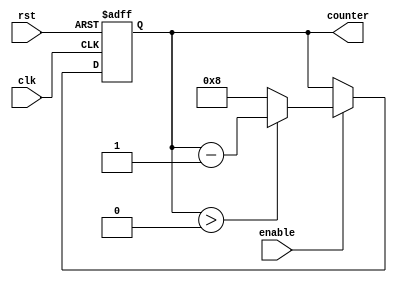
module timing_control_sync (
    input wire clk,
    input wire rst,
    input wire enable,
    output reg [7:0] counter
);

parameter N = 8; // Preset value for the counter

always @(posedge clk or posedge rst) begin
    if (rst) begin
        counter <= N; // Reset counter to initial value
    end else begin
        if (enable) begin
            if (counter > 0) begin
                counter <= counter - 1; // Decrement counter by one
            end else begin
                // Reset counter to initial value when it reaches 0
                counter <= N;
            end
        end
    end
end

endmodule